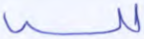
لله